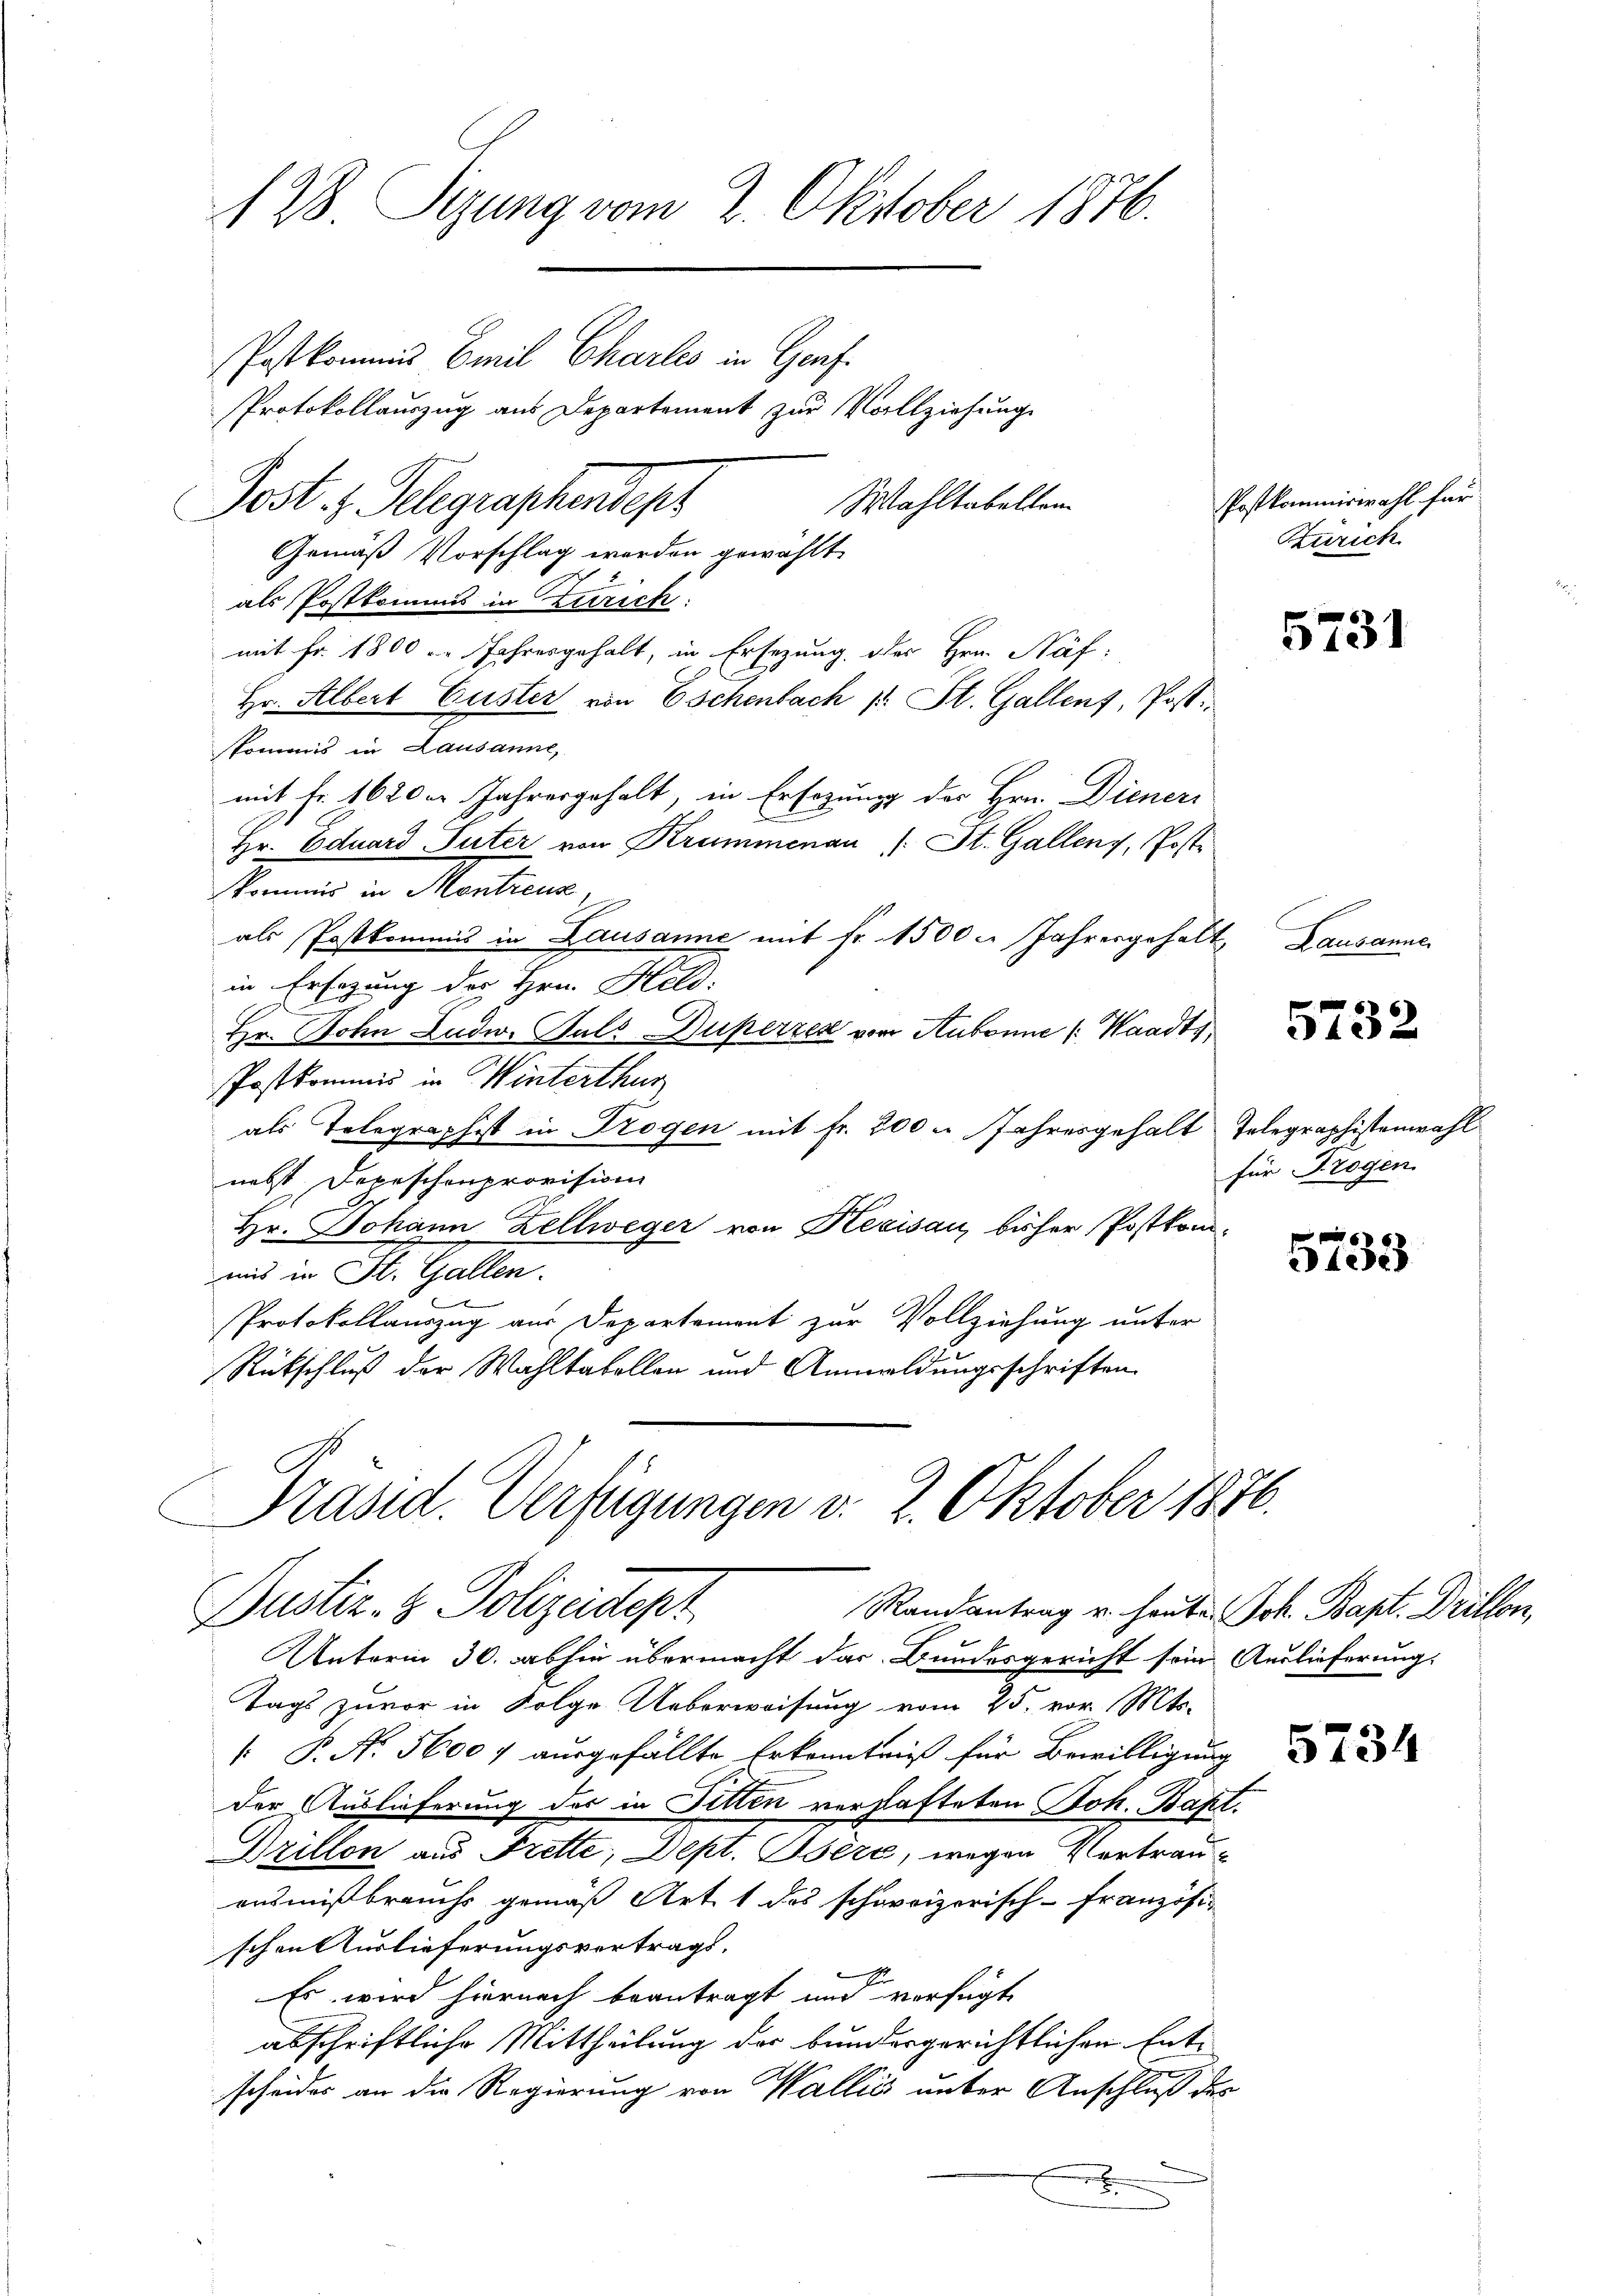
128 Sizung vom 2. Oktober 1876.
Postkommis Emil Charlis in Genf.
Protokollauszug aus Departement zur Vollziehung
Mahltabellen
Post . Gelegraphendepr

Gemäß Vorschlag werden gewählt
als Postkommis in Zürich:
mit Fr. 1800 u. Jahresgehalt, in Ersezung des Hrn. Näf-
Hr. Albert Custer von Eschenbach 1 St. Gallenf, Post.
kommis in Lausanne,
mit Fr. 1620er Jahresgehalt, in Ersezung des Hrn. Diener
Hr. Eduard Suter von Krummenau (: St. Gallenz, Poste
kommis in Montreus
als Postkommis in Lausanne mit fr. 1500 l. Jahresgehalt
in Ersezung der Hrn. Held.
Hr. Bohn Ludw. Puls Duperzes vom Aubonne (Waadt,
Postkommis in Winterthur
als Telegraphst in Trogen mit Fr. 200 u. Jahresgehalt
nebst Depeschenprovision
C
Hr. Johann Zellweger von Kecisau, bisher Postkom
mis in St. Gallen.
Protokollauszug aus Departement zur Vollziehung unter
Rückschluß der Wahltabellen und Anmeldungsschriften
Präsid. Verfügungen v. 2. Oktober 1876.

Dustiz- & Polizeidtept
Randantrag u. heute Joh. Bapt. Drillon,

Unterm 30. abhin übermacht das Bundesgericht sein Auslieferung.
Tags zuvor in Folge Ueberweisung vom 25. vor. Mts.
[ P. Nr. 5600 f ausgefällte Erkenntniß für Bewilligung
der Auslieferung des in Fitten verhafteten Joh. Bapt.
Drillon aus Frette, Dept. Oserc, wegen Vertrauonsmißbrauchs gemäß Art. 1 des schweizerisch-Französi-
schen Auslieferungsvertrags-
Es wird hiernach beantragt und verfügt
abschriftliche Mittheilung der bundergerichtlichen Entscheides an die Regierung von Wallis unter Anschluß des

Postkommiswahl für
Zürich

5731

1. Lausanne

5732

Telegraphistenwahl
für Trogen

5733

5734